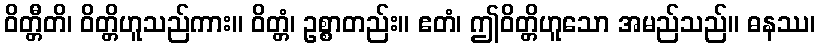
ဝိတ္တီတိ၊ ဝိတ္တိဟူသည်ကား။ ဝိတ္တံ၊ ဥစ္စာတည်း။ ဧတံ၊ ဤဝိတ္တိဟူသော အမည်သည်။ ဓနဿ၊